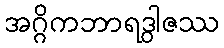
အဂ္ဂိကဘာရဒွါဇဿ